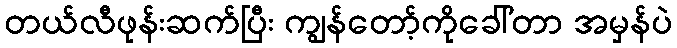
တယ်လီဖုန်းဆက်ပြီး ကျွန်တော့်ကိုခေါ်တာ အမှန်ပဲ